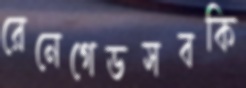
রেনেগেডসবকি